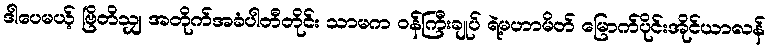
ဒါပေမယ့် ဗြိတိသျှ အတိုက်အခံပါတီတိုင်း သာမက ဝန်ကြီးချုပ် ရဲ့မဟာမိတ် မြောက်ပိုင်းအိုင်ယာလန်